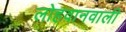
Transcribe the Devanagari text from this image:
लोहवानवाली